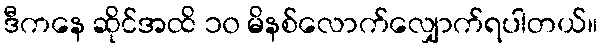
ဒီကနေ ဆိုင်အထိ ၁၀ မိနစ်လောက်လျှောက်ရပါတယ်။